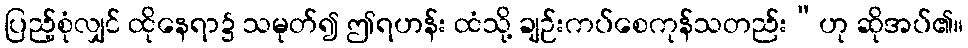
ပြည့်စုံလျှင် ထိုနေရာ၌ သမုတ်၍ ဤရဟန်း ထံသို့ ချဉ်းကပ်စေကုန်သတည်း”ဟု ဆိုအပ်၏။